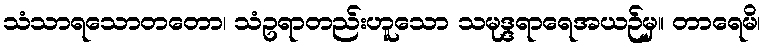
သံသာရသောတတော၊ သံဥရာတည်းဟူသော သမုဒ္ဒရာရေအယဉ်မှ။ တာရေမိ၊